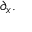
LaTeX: \partial _ { x } .